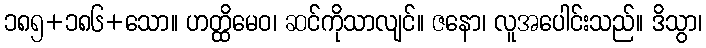
၁၈၅+၁၈၆+သော။ ဟတ္ထိမေဝ၊ ဆင်ကိုသာလျင်။ ဇနော၊ လူအပေါင်းသည်။ ဒိသွာ၊